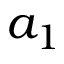
a _ { 1 }